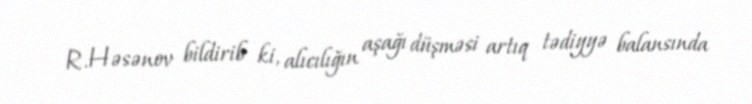
R.Həsənov bildirib ki, alıcılığın aşağı düşməsi artıq tədiyyə balansında